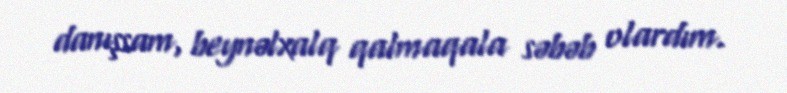
danışsam, beynəlxalq qalmaqala səbəb olardım.